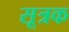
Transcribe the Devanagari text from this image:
सूत्रक